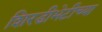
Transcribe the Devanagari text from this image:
शिरडीभेटीच्या